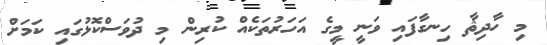
މި ހާދިޘާ ހިނގާފައި ވަނީ މީގެ އަހަރުތަކެއް ކުރިން މި ދުވަސްކޮޅުގައި ކަމަށް